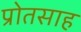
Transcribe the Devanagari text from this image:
प्रोतसाह